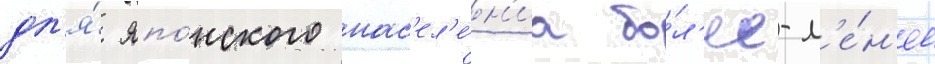
дл'я́ япо́нского нас'ел'е́н'иа бо́л'ее-м'е́н'ее